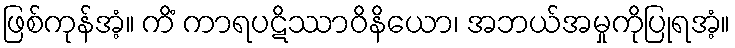
ဖြစ်ကုန်အံ့။ ကိံ ကာရပဋိဿာဝိနိယော၊ အဘယ်အမှုကိုပြုရအံ့။